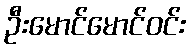
ဦးမောင်မောင်ဝင်း